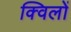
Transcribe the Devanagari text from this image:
क्विलों